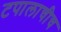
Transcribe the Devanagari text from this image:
टपालाचीच